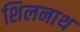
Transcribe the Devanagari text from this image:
शिलनाथ